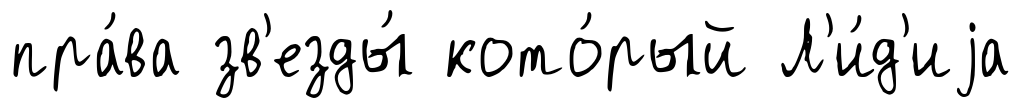
пра́ва зв'езды́ кото́рый Л'и́д'иjа